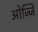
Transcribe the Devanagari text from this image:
ओज्जि